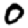
Digit: 0